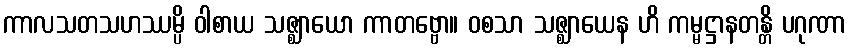
ကာလသတသဟဿမ္ပိ ဝါစာယ သဇ္ဈာယော ကာတဗ္ဗော။ ဝစသာ သဇ္ဈာယေန ဟိ ကမ္မဋ္ဌာနတန္တိ ပဂုဏာ